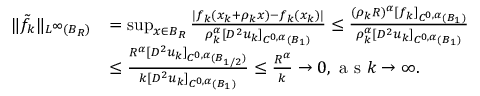
\begin{array} { r l } { \| \tilde { f } _ { k } \| _ { L ^ { \infty } ( B _ { R } ) } } & { = \operatorname* { s u p } _ { x \in B _ { R } } \frac { | f _ { k } ( x _ { k } + \rho _ { k } x ) - f _ { k } ( x _ { k } ) | } { \rho _ { k } ^ { \alpha } [ D ^ { 2 } u _ { k } ] _ { C ^ { 0 , \alpha } ( B _ { 1 } ) } } \le \frac { ( \rho _ { k } R ) ^ { \alpha } [ f _ { k } ] _ { C ^ { 0 , \alpha } ( B _ { 1 } ) } } { \rho _ { k } ^ { \alpha } [ D ^ { 2 } u _ { k } ] _ { C ^ { 0 , \alpha } ( B _ { 1 } ) } } } \\ & { \le \frac { R ^ { \alpha } [ D ^ { 2 } u _ { k } ] _ { C ^ { 0 , \alpha } ( B _ { 1 / 2 } ) } } { k [ D ^ { 2 } u _ { k } ] _ { C ^ { 0 , \alpha } ( B _ { 1 } ) } } \le \frac { R ^ { \alpha } } { k } \to 0 , \textrm { a s } k \to \infty . } \end{array}